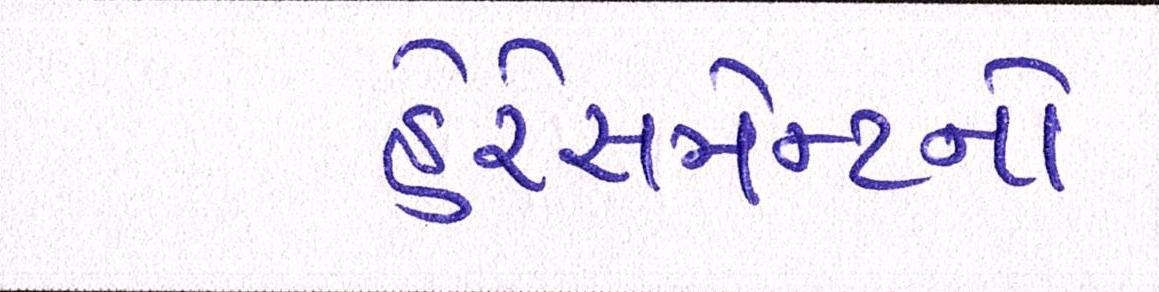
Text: હેરેસમેન્ટનો